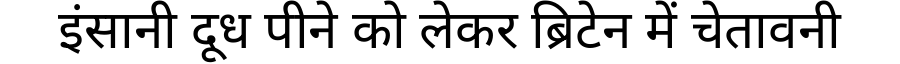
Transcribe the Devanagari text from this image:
इंसानी दूध पीने को लेकर ब्रिटेन में चेतावनी